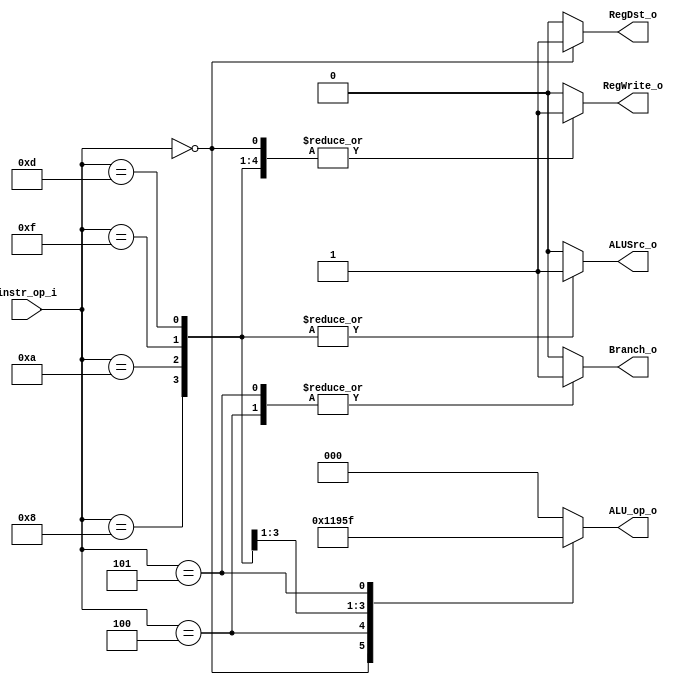
//Subject:     CO project 2 - Decoder
//--------------------------------------------------------------------------------
//Version:     1
//--------------------------------------------------------------------------------
//Writer:      
//----------------------------------------------
//Date:        
//----------------------------------------------
//Description: 
//--------------------------------------------------------------------------------

module Decoder(
    instr_op_i,
	RegWrite_o,
	ALU_op_o,
	ALUSrc_o,
	RegDst_o,
	Branch_o
	);
     
//I/O ports
input  [6-1:0] instr_op_i;

output         RegWrite_o;
output [3-1:0] ALU_op_o;
output         ALUSrc_o;
output         RegDst_o;
output         Branch_o;
 
//Internal Signals
reg    [3-1:0] ALU_op_o;
reg            ALUSrc_o;
reg            RegWrite_o;
reg            RegDst_o;
reg            Branch_o;

//Parameter


//Main function
always @(*) begin
case(instr_op_i)
	0: begin ALU_op_o = 3'b010 ; ALUSrc_o = 0;RegWrite_o = 1; RegDst_o = 1;Branch_o = 0; end//add,sub,and,or,slt,sll,srlv
	4: begin ALU_op_o = 3'b001 ; ALUSrc_o = 0;RegWrite_o = 0; RegDst_o = 0;Branch_o = 1; end//beq
        8: begin ALU_op_o = 3'b100 ; ALUSrc_o = 1;RegWrite_o = 1; RegDst_o = 0;Branch_o = 0; end//addi
	10:begin ALU_op_o = 3'b101 ; ALUSrc_o = 1;RegWrite_o = 1; RegDst_o = 0;Branch_o = 0; end//slti
	15:begin ALU_op_o = 3'b011 ; ALUSrc_o = 1;RegWrite_o = 1; RegDst_o = 0;Branch_o = 0; end//lui
	13:begin ALU_op_o = 3'b000 ; ALUSrc_o = 1;RegWrite_o = 1; RegDst_o = 0;Branch_o = 0; end//ori
	5: begin ALU_op_o = 3'b111 ; ALUSrc_o = 0;RegWrite_o = 0; RegDst_o = 0;Branch_o = 1; end//bne
	default:
		begin ALU_op_o = 3'b000 ;ALUSrc_o = 0; RegWrite_o = 0; RegDst_o = 0; Branch_o = 0;end
endcase
end
endmodule